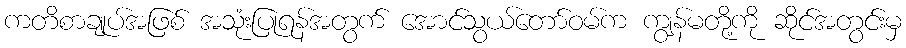
ကတိစာချုပ်အဖြစ် အသုံးပြုရန်အတွက် အောင်သွယ်တော်ဝမ်က ကျွန်မတို့ကို ဆိုင်အတွင်းမှ